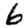
Digit: 6